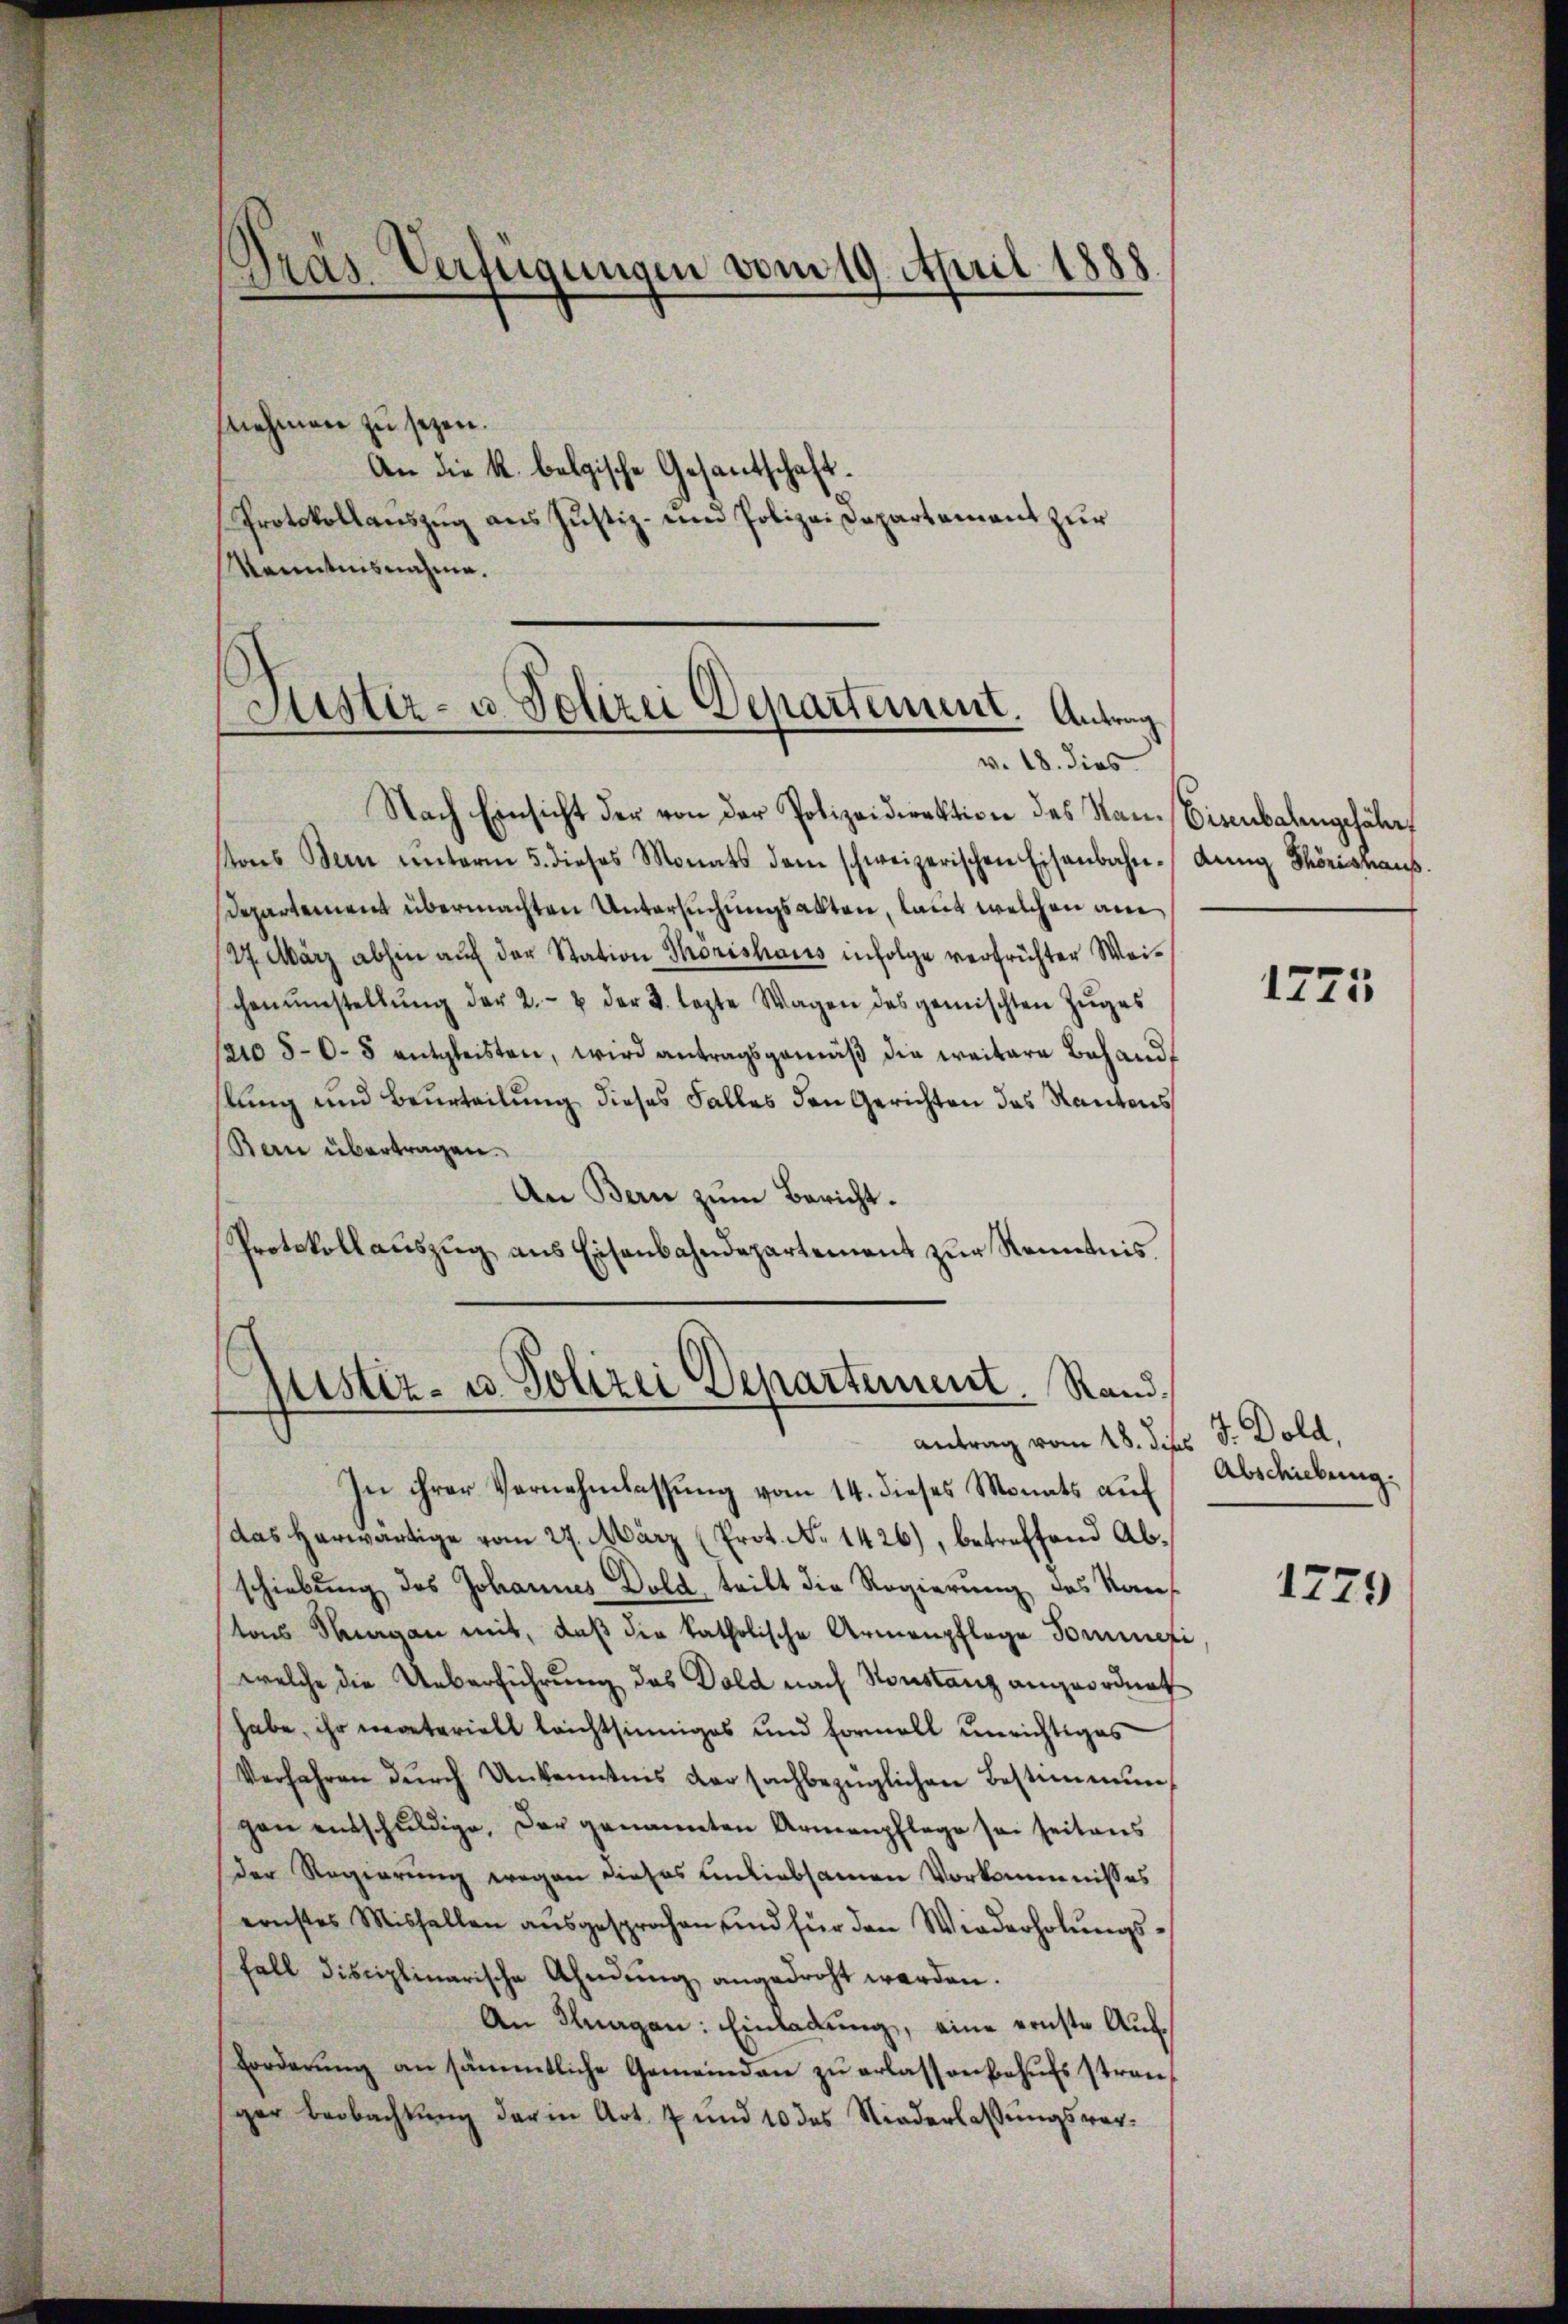
Pras-Verfügungen vom 19. April 1888.

snehmen zu sezen.
An die k. belgische Gesantschaft.
Protokollauszug aus Justiz- und Polizei Departement zur
Kenntnisnahme.

Justiz- u. Polizei Departement. Antrag
v. 18. dies

Nach Einsicht der von der Polizeidirektion des San. Eisenbalengefähre
stons Bern ŭnterm 5. dieses Monats dem schweizerischen Eisenbahn-Anng Thorishaus.
Departement übermachten Untersuchungsakten, laut welchen am
/27. März abhin aŭf der Station Thorishaus infolge verfrüchter Weischenumstellŭng der 2.- u der 2. lezte Wagen des gemischten Zŭges
/210 50. 8 entgleisten, wird antragsgemäβ die weitere Behandf
stung und Beurteilung dieses Falles den Gerichten das Kantons
Ban übertragen.
An Bern zum Bericht.
Protokollauszug aus Eisenbahndepartement zur Kenntnis
justiz- u. Polizei Departement. Rand¬

antrag vom 18. dies

In ihrer Vernehmlassŭng vom 14. dieses Monats aŭf
das herwärtige vom 27. März (Prot. No 1426), betreffend Abschiebung des Johannes Dold, teilt die Regierung des Kauf
tons Magan mit, daß die katholische Armenpflege Sonnefi
welche die Ueberführung des Dold nach Sonstanz angeordnet
habe, ihr necetariell leichtsinniges und Formell unrichtiges
Verfahren dŭrch Unkenntnis der sachbezüglichen Bestimmung
gen entschuldige, der genannten Armenpflege sei seitens
der Regierung wegen dieses Anliebsamen Vorkommnisses
ernstes Misfallen ausgesprochen und für den Wiederholungsfall disciplinarische Ahndŭng angedroht werden.
An Klagen: Einladung, eine ernste Auf¬
Forderŭng an sämmtliche Gemeinden zŭ erlassen behŭfs stran
ger Beobachtung der in Art. 7 und 10 des Niederlassungsver¬

1775

J. Dold,
Abschiebung.

1729